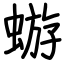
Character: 蝣